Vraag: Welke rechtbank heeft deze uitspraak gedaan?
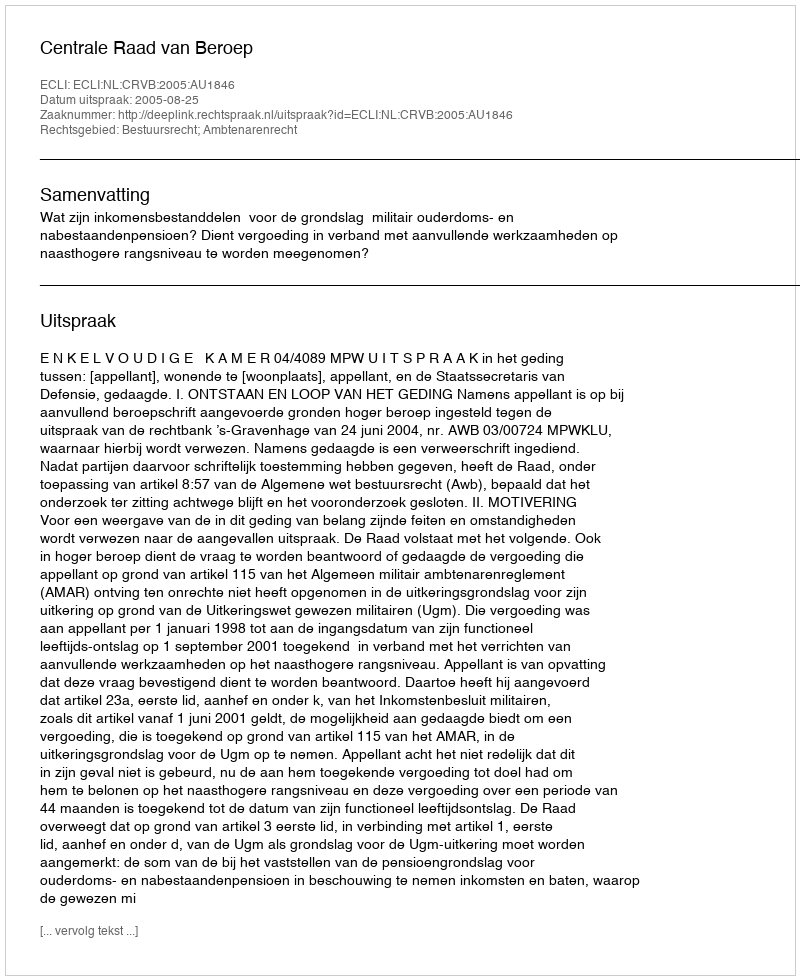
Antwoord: Centrale Raad van Beroep